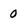
Character: 0